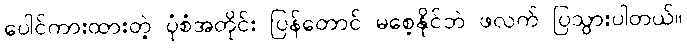
ပေါင်ကားထားတဲ့ ပုံစံအတိုင်း ပြန်တောင် မစေ့နိုင်ဘဲ ဖလက် ပြသွားပါတယ်။